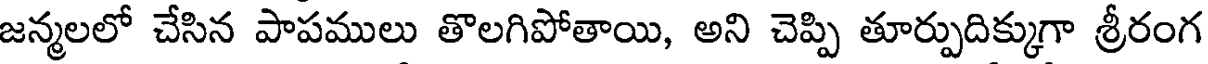
జన్మలలో చేసిన పాపములు తొలగిపోతాయి, అని చెప్పి తూర్పుదిక్కుగా శ్రీరంగ